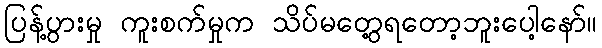
ပြန့်ပွားမှု ကူးစက်မှုက သိပ်မတွေ့ရတော့ဘူးပေါ့နော်။